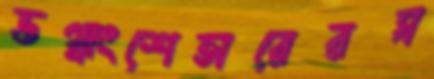
ভগ্নাংশেতারেরঘ